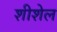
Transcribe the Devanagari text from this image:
शीशेल